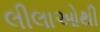
લીલાઓથી